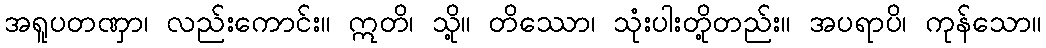
အရူပတဏှာ၊ လည်းကောင်း။ ဣတိ၊ သို့။ တိဿော၊ သုံးပါးတို့တည်း။ အပရာပိ၊ ကုန်သော။